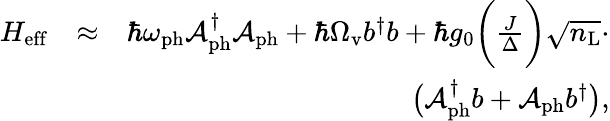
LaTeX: \begin{array}{rlr}{H_{\mathrm{eff}}}&{\approx}&{\hbar\omega_{\mathrm{ph}}\mathcal{A}_{\mathrm{ph}}^{\dagger}\mathcal{A}_{\mathrm{ph}}+\hbar\Omega_{\mathrm{v}}b^{\dagger}b+\hbar g_{0}\bigg(\frac{J}{\Delta}\bigg)\sqrt{n_{\mathrm{L}}}\cdot}\\ &{}&{\big(\mathcal{A}_{\mathrm{ph}}^{\dagger}b+\mathcal{A}_{\mathrm{ph}}b^{\dagger}\big),}\end{array}